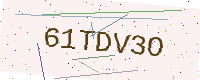
Text: 61TDV3O